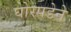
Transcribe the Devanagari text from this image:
घोरपडेने